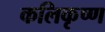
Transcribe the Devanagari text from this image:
कलिकृष्ण